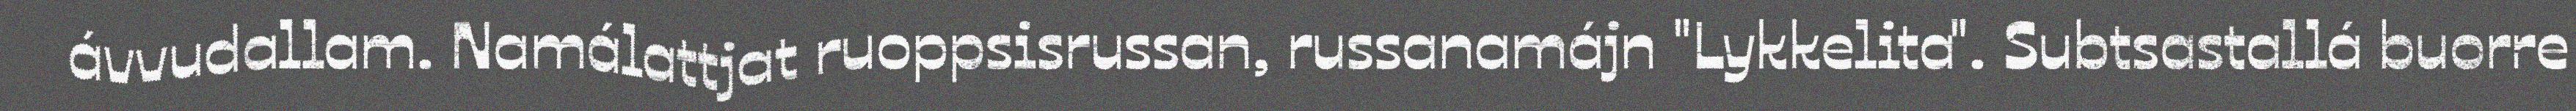
ávvudallam. Namálattjat ruoppsisrussan, russanamájn "Lykkelita". Subtsastallá buorre